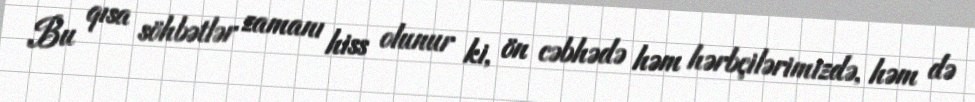
Bu qısa söhbətlər zamanı hiss olunur ki, ön cəbhədə həm hərbçilərimizdə, həm də